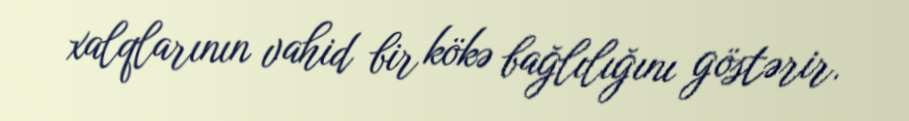
xalqlarının vahid bir kökə bağlılığını göstərir.